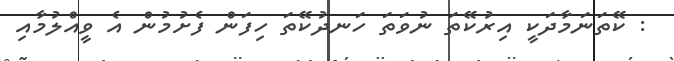
: ކޭތަނަމާދަކީ އިރުކޭތަ ނުވަތަ ހަނދުކޭތަ ހިފަން ފެށުމުން އެ ވީއްލުމާއި